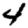
Digit: 4